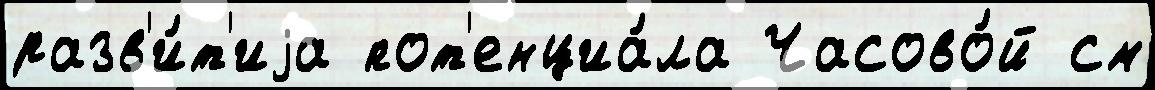
разв'и́т'иjа пот'енциа́ла Часово́й см